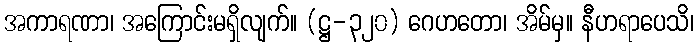
အကာရဏာ၊ အကြောင်းမရှိလျက်။ (ဋ္ဌ-၃၂၀) ဂေဟတော၊ အိမ်မှ။ နီဟရာပေသိ၊